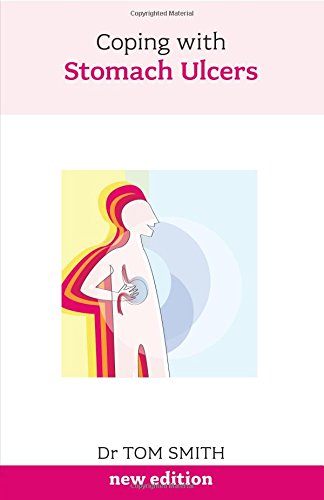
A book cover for Coping with Stomach Ulcers; Tom Smith; Health, Fitness & Dieting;